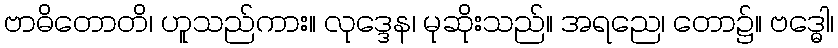
ဗာဓိတောတိ၊ ဟူသည်ကား။ လုဒ္ဒေန၊ မုဆိုးသည်။ အရညေ၊ တော၌။ ဗဒ္ဓေါ၊